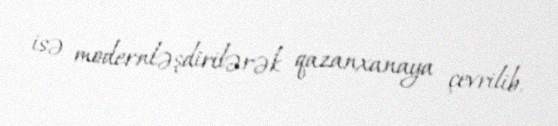
isə modernləşdirilərək qazanxanaya çevrilib.